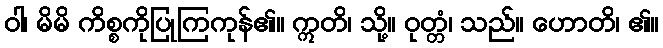
ဝါ၊ မိမိ ကိစ္စကိုပြုကြကုန်၏။ ဣတိ၊ သို့။ ဝုတ္တံ၊ သည်။ ဟောတိ၊ ၏။